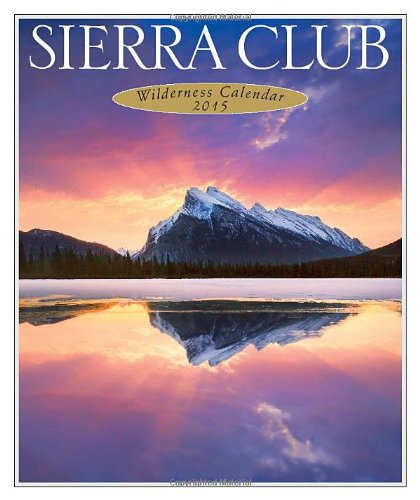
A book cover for Sierra Club Wilderness Calendar 2015; Sierra Club Calendars; Calendars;